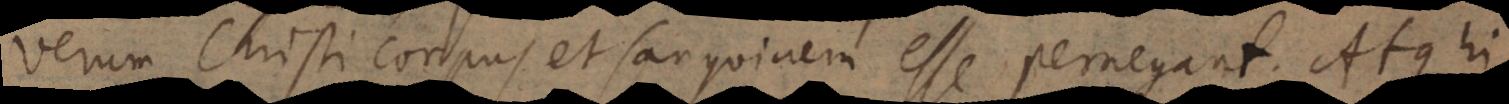
verum Christi corpus et sanguinem esse pernegant. Atque hi